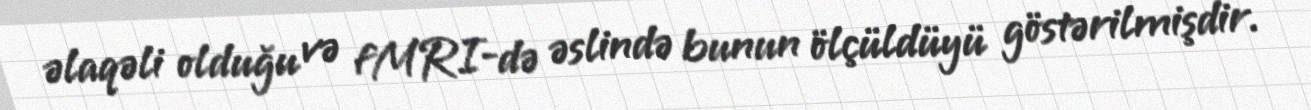
əlaqəli olduğu və fMRI-də əslində bunun ölçüldüyü göstərilmişdir.